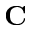
\textbf { C }